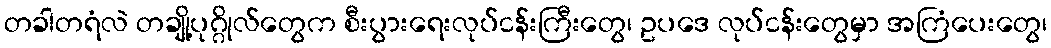
တခါတရံလဲ တချို့ပုဂ္ဂိုလ်တွေက စီးပွားရေးလုပ်ငန်းကြီးတွေ၊ ဥပဒေ လုပ်ငန်းတွေမှာ အကြံပေးတွေ၊